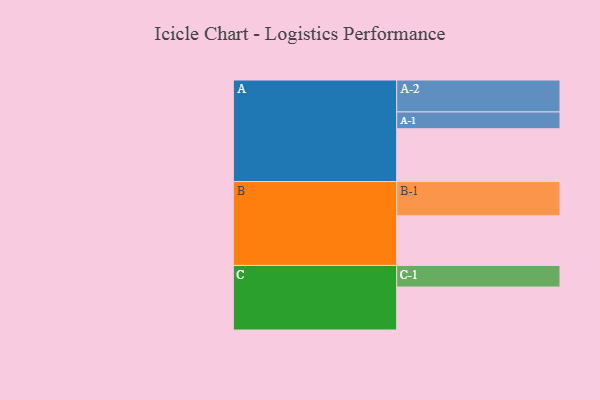
{"axis": {"x": "Segment", "y": "Value"}, "legend": ["", "A", "B", "C"], "data": [{"x": "A", "y": 398, "type": ""}, {"x": "B", "y": 374, "type": ""}, {"x": "C", "y": 324, "type": ""}, {"x": "A-1", "y": 127, "type": "A"}, {"x": "A-2", "y": 241, "type": "A"}, {"x": "B-1", "y": 259, "type": "B"}, {"x": "C-1", "y": 163, "type": "C"}]}